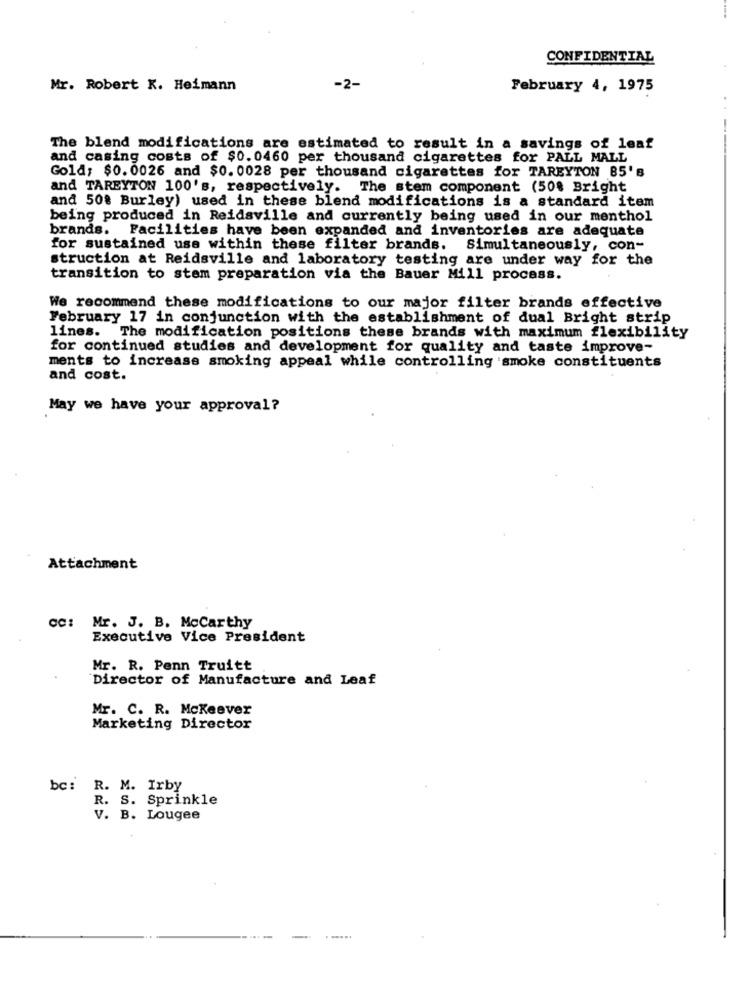
CONFIDENTIAL
Mr. Robert K. Heimann
-2-
February 4, 1975
The blend modifications are estimated to result in a savings of leaf
and casing costs of $0.0460 per thousand cigarettes for PALL MALL
Gold; $0. 0026 and $0. 0028 per thousand cigarettes for TAREYTON 85's
and TAREYTON 100's, respectively. The stem component (50% Bright
and 50% Burley) used in these blend modifications is a standard item
being produced in Reidsville and currently being used in our menthol
brands. Facilities have been expanded and inventories are adequate
for sustained use within these filter brands. Simultaneously, con-
struction at Reidsville and laboratory testing are under way for the
transition to stem preparation via the Bauer Mill process.
We recommend these modifications to our major filter brands effective
February 17 in conjunction with the establishment of dual Bright strip
lines. The modification positions these brands with maximum flexibility
for continued studies and development for quality and taste improve-
ments to increase smoking appeal while controlling smoke constituents
and cost.
May we have your approval?
Attachment
cc: Mr. J. B. Mccarthy
Executive Vice President
Mr. R. Penn Truitt
Director of Manufacture and Leaf
Mr. C. R. Mckeever
Marketing Director
bc: R. M. Irby
R. S. Sprinkle
V. B. Lougee